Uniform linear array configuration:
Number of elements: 48
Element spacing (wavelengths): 0.25
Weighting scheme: hann
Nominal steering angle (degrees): -30
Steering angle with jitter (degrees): -30.764
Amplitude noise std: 0.05
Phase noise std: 0.05

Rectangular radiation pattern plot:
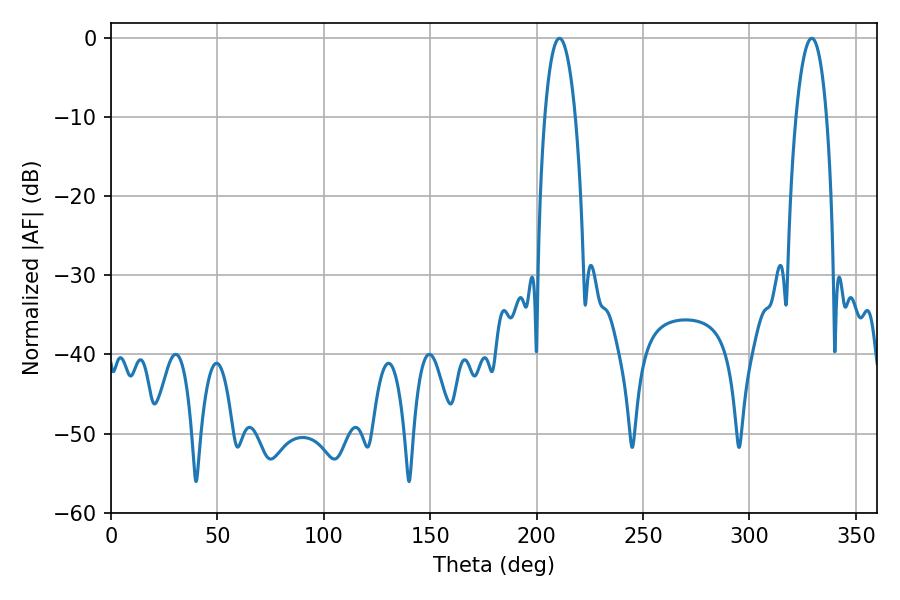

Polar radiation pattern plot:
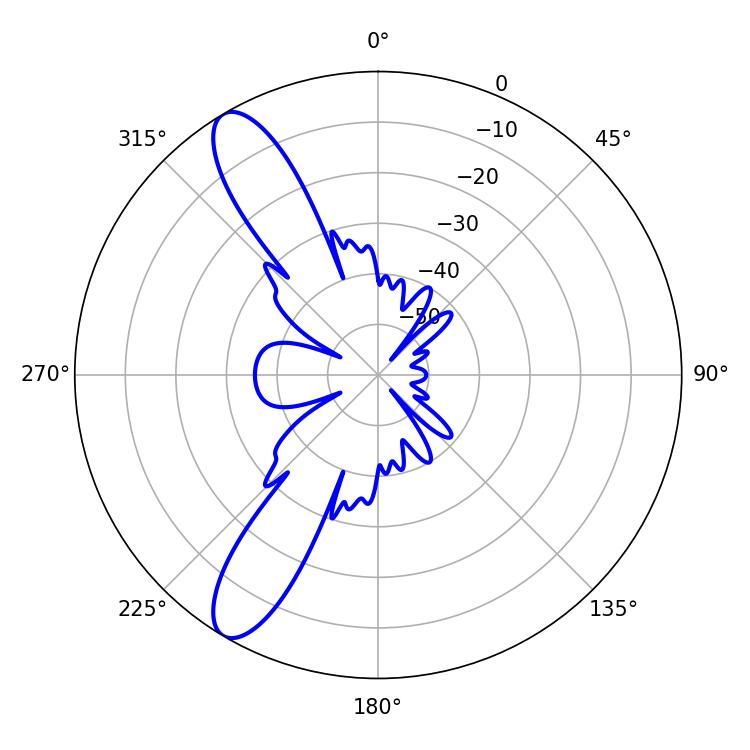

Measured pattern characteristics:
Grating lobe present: FALSE
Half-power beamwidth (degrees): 7.92
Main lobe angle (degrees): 210.78